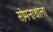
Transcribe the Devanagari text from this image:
सोमनाथाला